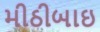
મીઠીબાઇ